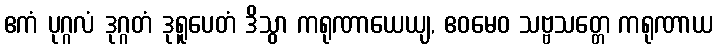
ဧကံ ပုဂ္ဂလံ ဒုဂ္ဂတံ ဒုရူပေတံ ဒိသွာ ကရုဏာယေယျ, ဧဝမေဝ သဗ္ဗသတ္တေ ကရုဏာယ